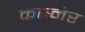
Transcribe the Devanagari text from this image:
कस्मेर